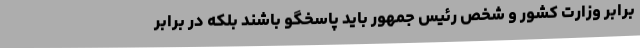
برابر وزارت کشور و شخص رئیس جمهور باید پاسخگو باشند بلکه در برابر